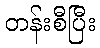
တန်းစီပြီး